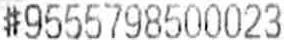
#9555798500023